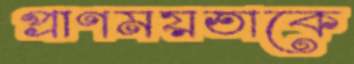
প্রাণময়তাকে